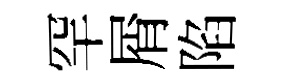
罕屑陷